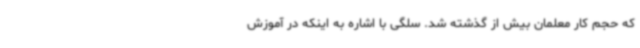
که حجم کار معلمان بیش از گذشته شد. سلگی با اشاره به اینکه در آموزش